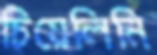
চিয়েলিনি